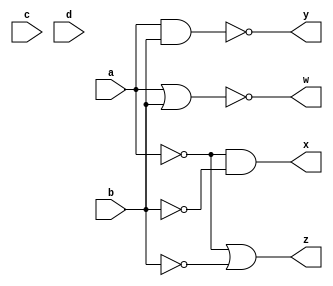
/*De Morgan's theorem*/
module dmtheorem(a,b,c,d,w,x,y,z);
  input a,b,c,d;
  output w,x,y,z;
  assign w = ~(a|b);
  assign x = ~a&!b;
  assign y = ~(a&b);
  assign z = ~a|~b;
endmodule